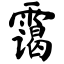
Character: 霭